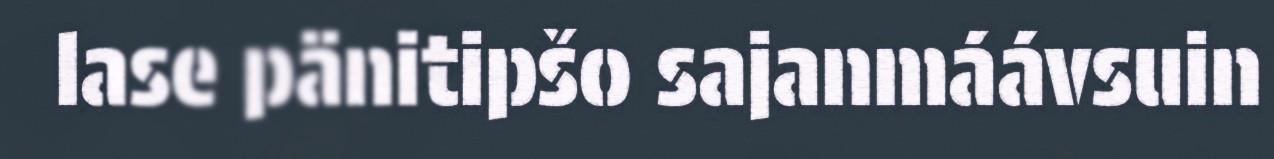
lase pänitipšo sajanmáávsuin